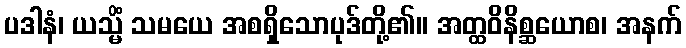
ပဒါနံ၊ ယသ္မိံ သမယေ အစရှိသောပုဒ်တို့၏။ အတ္ထဝိနိစ္ဆယောစ၊ အနက်